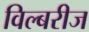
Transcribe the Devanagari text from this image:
विल्बरीज